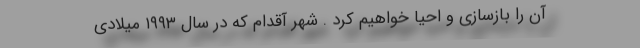
آن را بازسازی و احیا خواهیم کرد . شهر آقدام که در سال ۱۹۹۳ میلادی